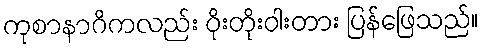
ကုစာနာဂိကလည်း ဝိုးတိုးဝါးတား ပြန်ဖြေသည်။